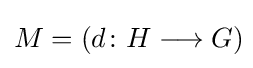
M=(d\colon H\longrightarrow G)\!